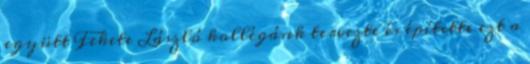
együtt Fekete László kollégánk tervezte és építette ezt a